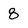
Character: 8